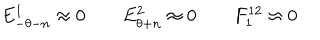
E _ { - \theta - n } ^ { 1 } \approx { } 0 \qquad E _ { \theta + n } ^ { 2 } \approx { } 0 \qquad F _ { 1 } ^ { 1 2 } \approx { } 0